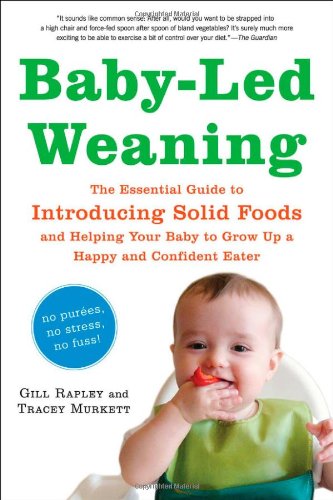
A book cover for Baby-Led Weaning: The Essential Guide to Introducing Solid Foods-and Helping Your Baby to Grow Up a Happy and Confident Eater; Gill Rapley; Parenting & Relationships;